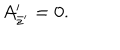
A _ { \bar { z } ^ { \prime } } ^ { \prime } = 0 .